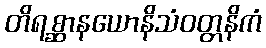
တိရစ္ဆာနယောနိသံဝတ္တနိကံ